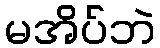
မအိပ်ဘဲ